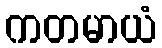
ကတမာယံ